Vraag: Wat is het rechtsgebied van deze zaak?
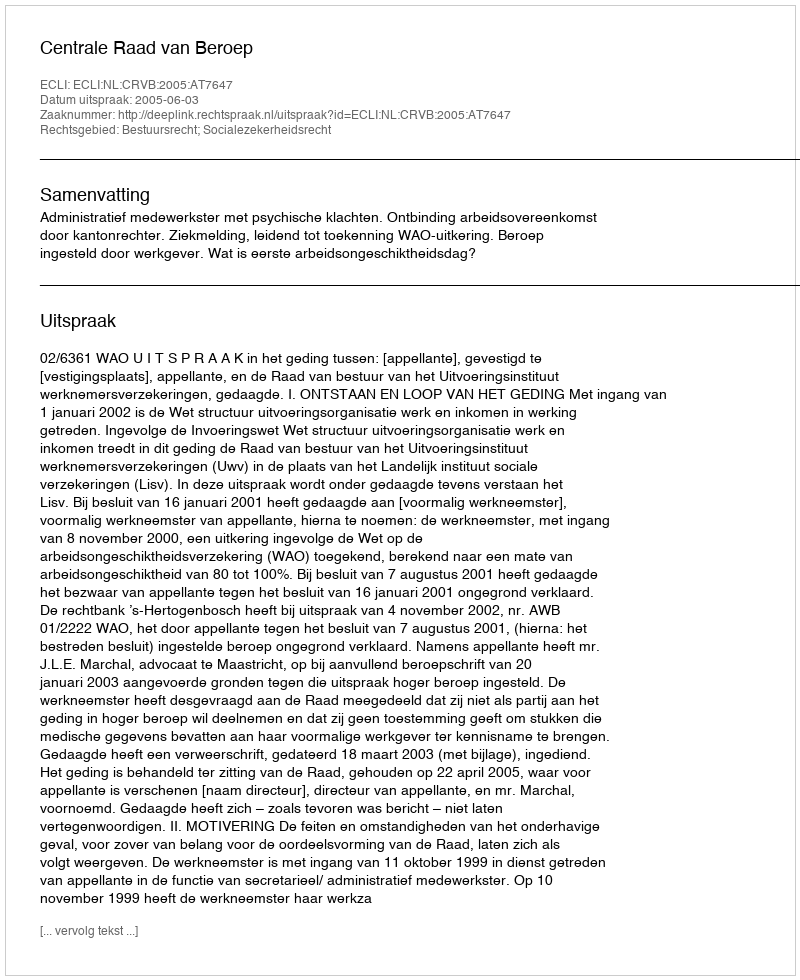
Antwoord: Bestuursrecht; Socialezekerheidsrecht